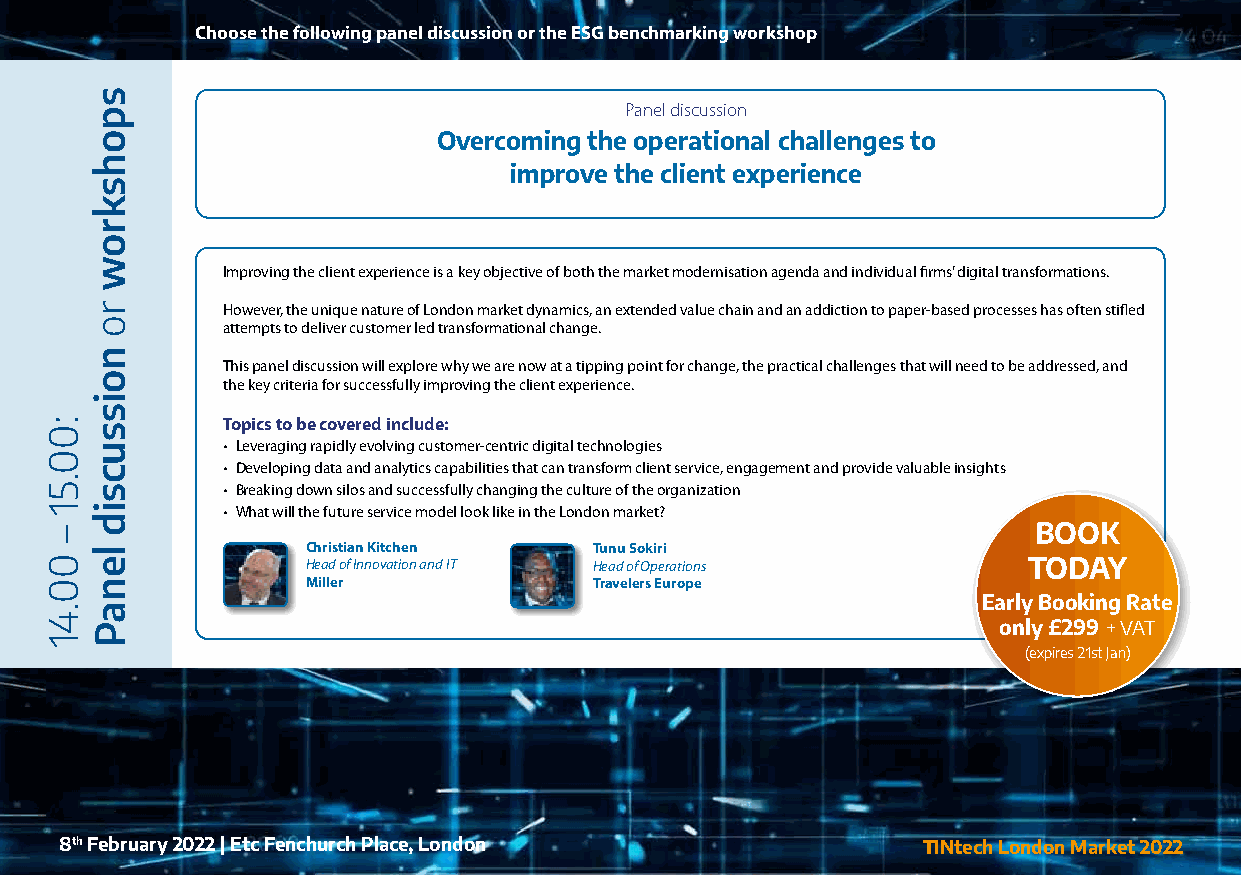
Choose the following panel discussion or the ESG benchmarking workshop
 Panel discussion
 Overcoming the operational challenges to
 improve the client experience
 Improving the client experience is a key objective of both the market modernisation agenda and individual firms’ digital transformations.
 However, the unique nature of London market dynamics, an extended value chain and an addiction to paper-based processes has often stifled
 attempts to deliver customer led transformational change.
 This panel discussion will explore why we are now at a tipping point for change, the practical challenges that will need to be addressed, and
 the key criteria for successfully improving the client experience.
 Topics to be covered include:
 • Leveraging rapidly evolving customer-centric digital technologies
 • Developing data and analytics capabilities that can transform client service, engagement and provide valuable insights
 • Breaking down silos and successfully changing the culture of the organization
 • What will the future service model look like in the London market?
 BOOK
 Christian Kitchen  Tunu Sokiri
 Head of Innovation and IT Head of Operations    TODAY
 Miller             Travelers Europe
 Early Booking Rate
 only £299 + VAT
 (expires 21st Jan)
 8th February 2022 | Etc Fenchurch Place, London          TINtech London Market 2022
 :00.51
 –
 00.41
 spohskrow
 ro
 noissucsid
 lenaP